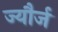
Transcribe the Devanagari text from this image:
ज्यौर्ज